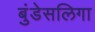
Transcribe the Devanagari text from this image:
बुंडेसलिगा